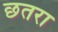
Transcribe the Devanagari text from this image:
छतरा